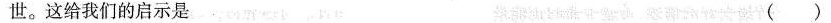
世。这给我们的启示是 ( )